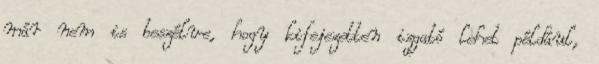
már nem is beszélve, hogy kifejezetten izgató lehet például,